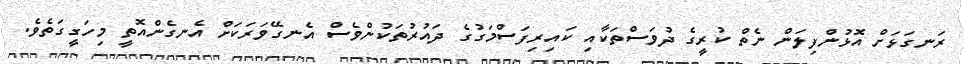
ރަނގަޅަށް އޮޅުންފިލަން ނެތް ކުރީގެ ދުވަސްތަކާއި ކައިރިފަސްމަގުގެ ދައުރުތަކުންވެސް އެނގޭވަރަކަށް އެނގެންއޮތީ މިހަގީގަތެވެ.